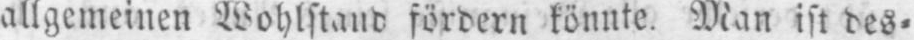
allgemeinen Wohlstand fördern könnte. Man ist des⸗